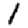
Digit: 1